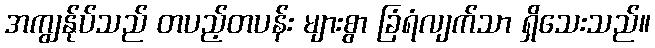
အကျွန်ုပ်သည် တပည့်တပန်း များစွာ ခြံရံလျက်သာ ရှိသေးသည်။